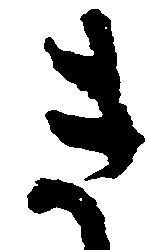
き